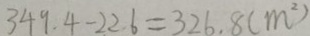
3 4 9 . 4 - 2 2 6 = 3 2 6 . 8 ( m ^ { 2 } )